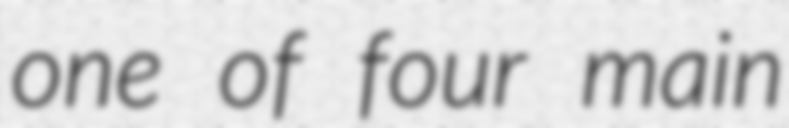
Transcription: one of four main